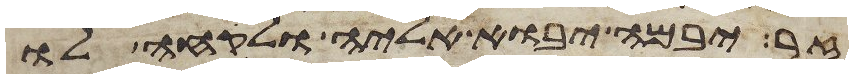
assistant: זר יבמה יבוא אליה ולקחה לו